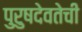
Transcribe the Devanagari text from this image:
पुरुषदेवतेची